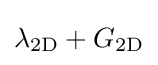
\lambda _{\mathrm {2D} }+G_{\mathrm {2D} }